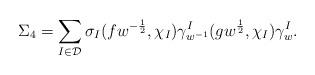
LaTeX: \begin{align*}\Sigma_{4}=\sum_{I\in\mathcal D}\sigma_{I}(fw^{-\frac12},\chi_{I})\gamma_{w^{-1}}^{I}(gw^{\frac12},\chi_{I})\gamma_{w}^{I}.\end{align*}